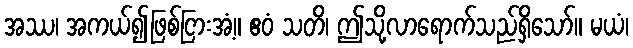
အဿ၊ အကယ်၍ဖြစ်ငြားအံ့။ ဧဝံ သတိ၊ ဤသို့လာရောက်သည်ရှိသော်။ မယံ၊